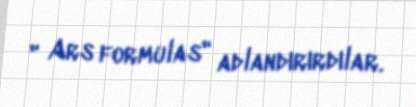
" Ars formulas" adlandırırdılar.